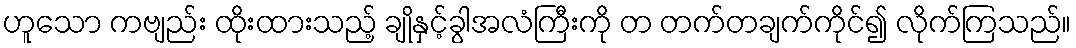
ဟူသော ကဗျည်း ထိုးထားသည့် ချိုနှင့်ခွါအလံကြီးကို တ တက်တချက်ကိုင်၍ လိုက်ကြသည်။